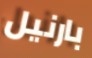
بارنيل